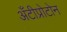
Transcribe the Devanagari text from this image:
अँटीप्रोटोन